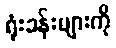
ရုံးခန်းများကို